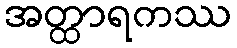
အတ္ထာရကဿ